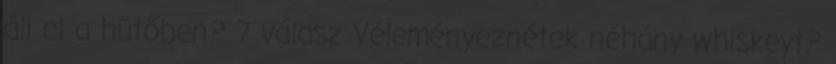
áll el a hűtőben? 7 válasz Véleményeznétek néhány whiskeyt?